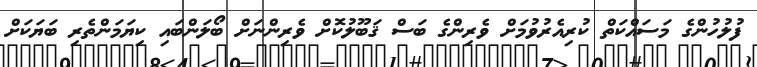
ފުލުހުންގެ މަސައްކަތް ކުރިއެރުވުމަށް ވެރިންގެ ބަސް ޤަބޫލުކޮށް ވެރިންނަށް ބޯލަންބައި ކިޔަމަންތެރި ބަޔަކަށް